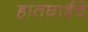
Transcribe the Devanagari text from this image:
हातघाईचे